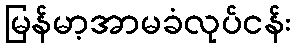
မြန်မာ့အာမခံလုပ်ငန်း